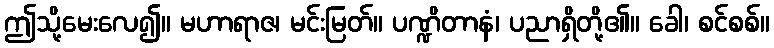
ဤသို့မေးလေ၍။ မဟာရာဇ၊ မင်းမြတ်။ ပဏ္ဍိတာနံ၊ ပညာရှိတို့၏။ ခေါ၊ စင်စစ်။